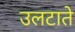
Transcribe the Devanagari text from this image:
उलटाते